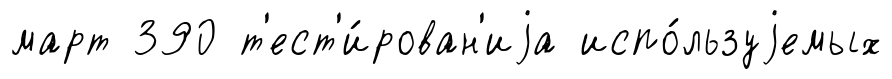
март 390 т'ест'и́рован'иjа испо́льзуjемых